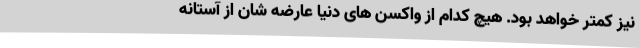
نیز کمتر خواهد بود. هیچ کدام از واکسن های دنیا عارضه شان از آستانه